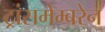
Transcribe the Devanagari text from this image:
ट्रांसमेम्बरेन